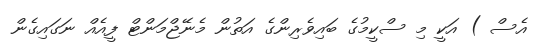
އެސް ) އަކީ މި ސްކީމުގެ ބައިވެރިންގެ އަތުން މެނޭޖްމަންޓް ފީއެއް ނަގައިގެން